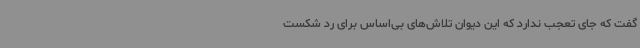
گفت که جای تعجب ندارد که این دیوان تلاش‌های بی‌اساس برای رد شکست